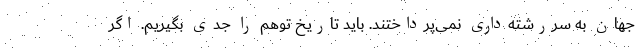
جهان به سررشته‌داری نمی‌پرداختند. باید تاریخ توهم را جدی بگیریم. اگر